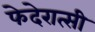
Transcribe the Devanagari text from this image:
फेदेरात्सी